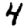
Digit: 4